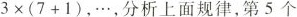
$$3\times(7+1)$$ ，\ldots，分析上面规律，第5个